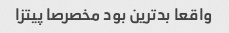
واقعا بدترین بود مخصرصا پیتزا